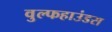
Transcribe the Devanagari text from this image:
वुल्फहाउंडस